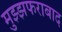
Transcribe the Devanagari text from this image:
मुझ्झफराबाद